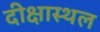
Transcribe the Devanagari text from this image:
दीक्षास्थल